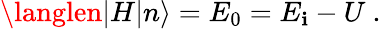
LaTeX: \langlen|H|n\rangle=E_{0}=E_{\mathbf{i}}-U\ .